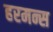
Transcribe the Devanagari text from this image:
हरमन्स